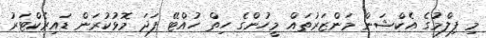
މި ފިލްމުގެ އެކްޝަން މަންޒަރުތައް މީހުންގެ ހިތް ހުއްޓޭ ފަދަ މޮޅުކުރަން ޑައިރެކްޓަރު